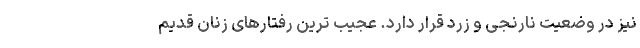
نیز در وضعیت نارنجی و زرد قرار دارد. عجیب ترین رفتارهای زنان قدیم